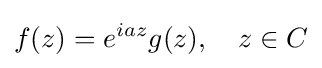
f(z)=e^{iaz}g(z),\quad z\in C